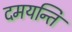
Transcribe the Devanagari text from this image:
दमयन्ति